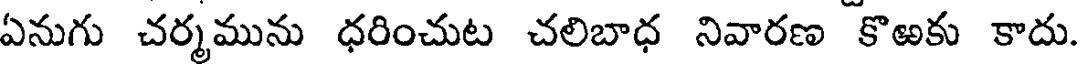
ఏనుగు చర్మమును ధరించుట చలిబాధ నివారణ కొఱకు కాదు.